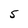
Character: 5